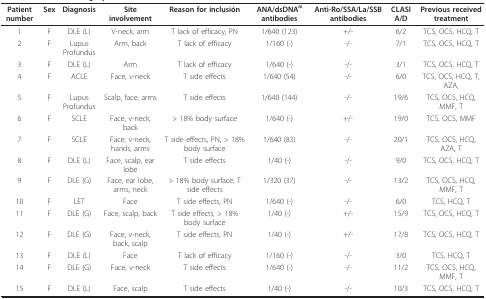
<table><thead><tr><td><b>Patient number</b></td><td><b>Sex</b></td><td><b>Diagnosis</b></td><td><b>Site involvement</b></td><td><b>Reason for inclusión</b></td><td><b>ANA/dsDNA<sup>α</sup> antibodies</b></td><td><b>Anti-Ro/SSA/La/SSB antibodies</b></td><td><b>CLASI A/D</b></td><td><b>Previous received treatment</b></td></tr></thead><tbody><tr><td>1</td><td>F</td><td>DLE (L)</td><td>V-neck, arm</td><td>T lack of efficacy, PN</td><td>1/640 (123)</td><td>+/-</td><td>6/2</td><td>TCS, OCS, HCQ, T</td></tr><tr><td>2</td><td>F</td><td>Lupus Profundus</td><td>Arm, back</td><td>T lack of efficacy</td><td>1/160 (-)</td><td>-/-</td><td>7/1</td><td>TCS, OCS, HCQ, T</td></tr><tr><td>3</td><td>F</td><td>DLE (L)</td><td>Arm</td><td>T lack of efficacy</td><td>1/640 (-)</td><td>-/-</td><td>3/1</td><td>TCS, OCS, HCQ, T</td></tr><tr><td>4</td><td>F</td><td>ACLE</td><td>Face, v-neck</td><td>T side effects</td><td>1/640 (54)</td><td>-/-</td><td>6/0</td><td>TCS, OCS, HCQ, T, AZA,</td></tr><tr><td>5</td><td>F</td><td>Lupus Profundus</td><td>Scalp, face, arms</td><td>T side effects</td><td>1/640 (144)</td><td>-/-</td><td>19/6</td><td>TCS, OCS, HCQ, MMF, T</td></tr><tr><td>6</td><td>F</td><td>SCLE</td><td>Face, v-neck, back</td><td>&gt; 18% body surface</td><td>1/640 (-)</td><td>+/-</td><td>19/0</td><td>TCS, OCS, MMF</td></tr><tr><td>7</td><td>F</td><td>SCLE</td><td>Face, v-neck, hands, arms</td><td>T side effects, PN, &gt; 18% body surface</td><td>1/640 (83)</td><td>-/-</td><td>20/1</td><td>TCS, OCS, HCQ, AZA, T</td></tr><tr><td>8</td><td>F</td><td>DLE (L)</td><td>Face, scalp, ear lobe</td><td>T side effects</td><td>1/40 (-)</td><td>-/-</td><td>9/0</td><td>TCS, OCS, HCQ, T</td></tr><tr><td>9</td><td>F</td><td>DLE (G)</td><td>Face, ear lobe, arms, neck</td><td>&gt; 18% body surface, T side effects</td><td>1/320 (37)</td><td>-/-</td><td>13/2</td><td>TCS, OCS, HCQ, MMF, T</td></tr><tr><td>10</td><td>F</td><td>LET</td><td>Face</td><td>T side effects, PN</td><td>1/640 (-)</td><td>-/-</td><td>6/0</td><td>TCS, HCQ, T</td></tr><tr><td>11</td><td>F</td><td>DLE (G)</td><td>Face, scalp, back</td><td>T side effects, &gt; 18% body surface</td><td>1/40 (-)</td><td>+/-</td><td>15/9</td><td>TCS, OCS, HCQ, T</td></tr><tr><td>12</td><td>F</td><td>DLE (G)</td><td>Face, v-neck, back, scalp</td><td>T side effects, PN</td><td>1/40 (-)</td><td>+/-</td><td>17/8</td><td>TCS, OCS, HCQ, T</td></tr><tr><td>13</td><td>F</td><td>DLE (L)</td><td>Face</td><td>T lack of efficacy</td><td>1/160 (-)</td><td>-/-</td><td>3/0</td><td>TCS, HCQ, T</td></tr><tr><td>14</td><td>F</td><td>DLE (G)</td><td>Face, v-neck</td><td>T side effects</td><td>1/640 (-)</td><td>-/-</td><td>11/2</td><td>TCS, OCS, HCQ, MMF, T</td></tr><tr><td>15</td><td>F</td><td>DLE (L)</td><td>Face, scalp</td><td>T side effects</td><td>1/40 (-)</td><td>-/-</td><td>10/3</td><td>TCS, OCS, HCQ, T</td></tr></tbody></table>